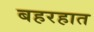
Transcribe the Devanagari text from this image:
बहरहात